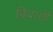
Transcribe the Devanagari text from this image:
बिदासी